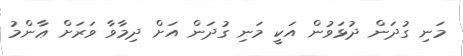
މަނި ގުދަން ދުޅަވުން އަކީ މަނި ގުދަން އަށް ދިމާވާ ވަރަށް ޢާންމު